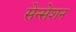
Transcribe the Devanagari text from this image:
सेन्सेशन